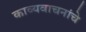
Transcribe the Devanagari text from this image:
काव्यवाचनांचे